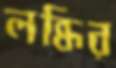
লব্ধির